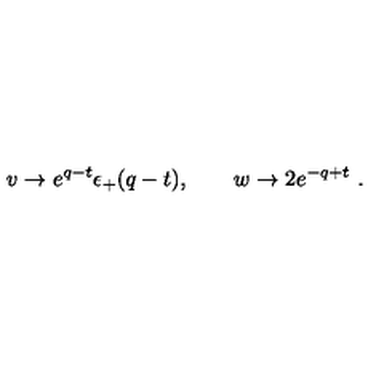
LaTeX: v \to e ^ { q - t } \epsilon _ { + } ( q - t ) , \qquad w \to 2 e ^ { - q + t } \ .